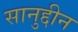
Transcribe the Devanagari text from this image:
सानुद्दीन